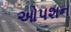
ઓપશન